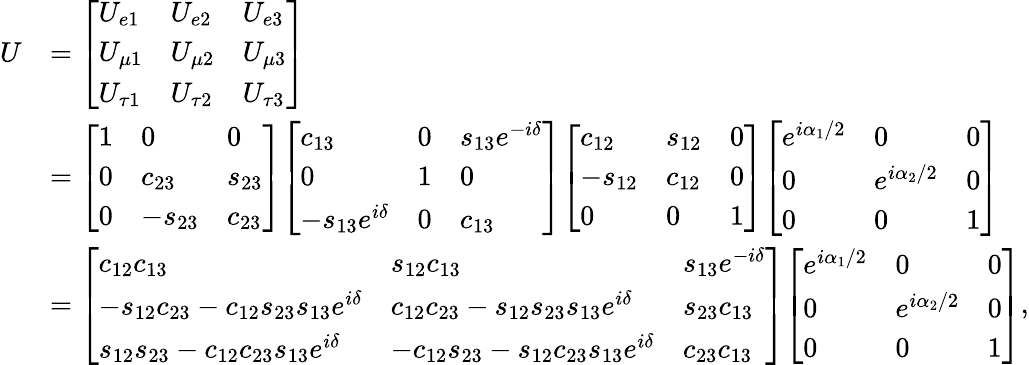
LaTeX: {\begin{array}{rl}{U}&{={\left[\begin{array}{lll}{U_{e1}}&{U_{e2}}&{U_{e3}}\\ {U_{\mu 1}}&{U_{\mu 2}}&{U_{\mu 3}}\\ {U_{\tau 1}}&{U_{\tau 2}}&{U_{\tau 3}}\end{array}\right]}}\\ &{={\left[\begin{array}{lll}{1}&{0}&{0}\\ {0}&{c_{23}}&{s_{23}}\\ {0}&{-s_{23}}&{c_{23}}\end{array}\right]}{\left[\begin{array}{lll}{c_{13}}&{0}&{s_{13}e^{-i\delta}}\\ {0}&{1}&{0}\\ {-s_{13}e^{i\delta}}&{0}&{c_{13}}\end{array}\right]}{\left[\begin{array}{lll}{c_{12}}&{s_{12}}&{0}\\ {-s_{12}}&{c_{12}}&{0}\\ {0}&{0}&{1}\end{array}\right]}{\left[\begin{array}{lll}{e^{i\alpha_{1}/2}}&{0}&{0}\\ {0}&{e^{i\alpha_{2}/2}}&{0}\\ {0}&{0}&{1}\end{array}\right]}}\\ &{={\left[\begin{array}{lll}{c_{12}c_{13}}&{s_{12}c_{13}}&{s_{13}e^{-i\delta}}\\ {-s_{12}c_{23}-c_{12}s_{23}s_{13}e^{i\delta}}&{c_{12}c_{23}-s_{12}s_{23}s_{13}e^{i\delta}}&{s_{23}c_{13}}\\ {s_{12}s_{23}-c_{12}c_{23}s_{13}e^{i\delta}}&{-c_{12}s_{23}-s_{12}c_{23}s_{13}e^{i\delta}}&{c_{23}c_{13}}\end{array}\right]}{\left[\begin{array}{lll}{e^{i\alpha_{1}/2}}&{0}&{0}\\ {0}&{e^{i\alpha_{2}/2}}&{0}\\ {0}&{0}&{1}\end{array}\right]},}\end{array}}